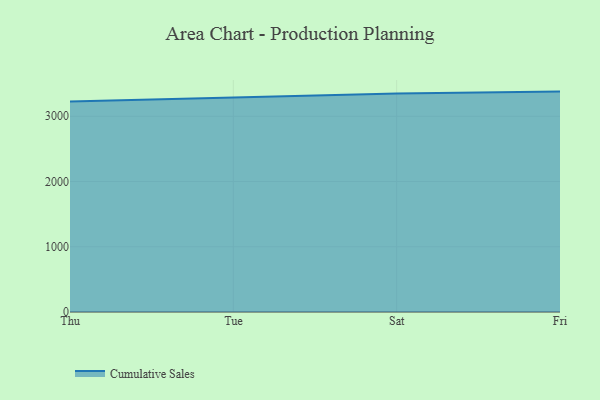
{"axis": {"x": "Day", "y": "Conversion Rate (%)"}, "legend": ["Cumulative Sales"], "data": [{"x": "Thu", "y": 3227.5, "type": "Cumulative Sales"}, {"x": "Tue", "y": 3284.0, "type": "Cumulative Sales"}, {"x": "Sat", "y": 3348.1, "type": "Cumulative Sales"}, {"x": "Fri", "y": 3378.4, "type": "Cumulative Sales"}]}